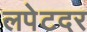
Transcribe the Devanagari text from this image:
लपेटदर